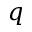
q